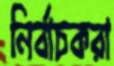
নির্বাচকরা